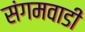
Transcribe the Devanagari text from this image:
संगमवाडी